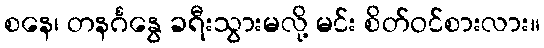
စနေ၊ တနင်္ဂနွေ ခရီးသွားမလို့ မင်း စိတ်ဝင်စားလား။